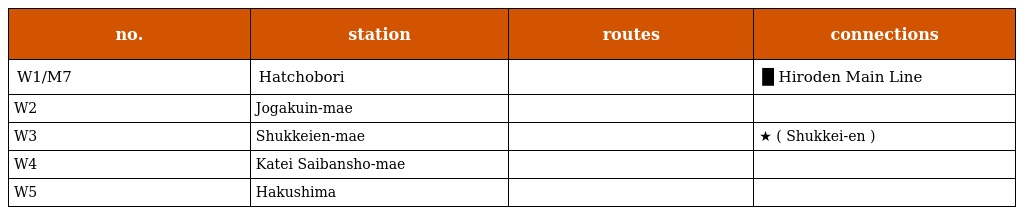
| no. | station | routes | connections |
 | --- | --- | --- | --- |
 | W1/M7 | Hatchobori |  | █ Hiroden Main Line |
 | W2 | Jogakuin-mae |  |  |
 | W3 | Shukkeien-mae |  | ★ ( Shukkei-en ) |
 | W4 | Katei Saibansho-mae |  |  |
 | W5 | Hakushima |  |  |